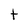
Character: t